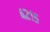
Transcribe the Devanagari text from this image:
४२१५